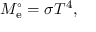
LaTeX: M _ { \mathrm { e } } ^ { \circ } = \sigma T ^ { 4 } ,